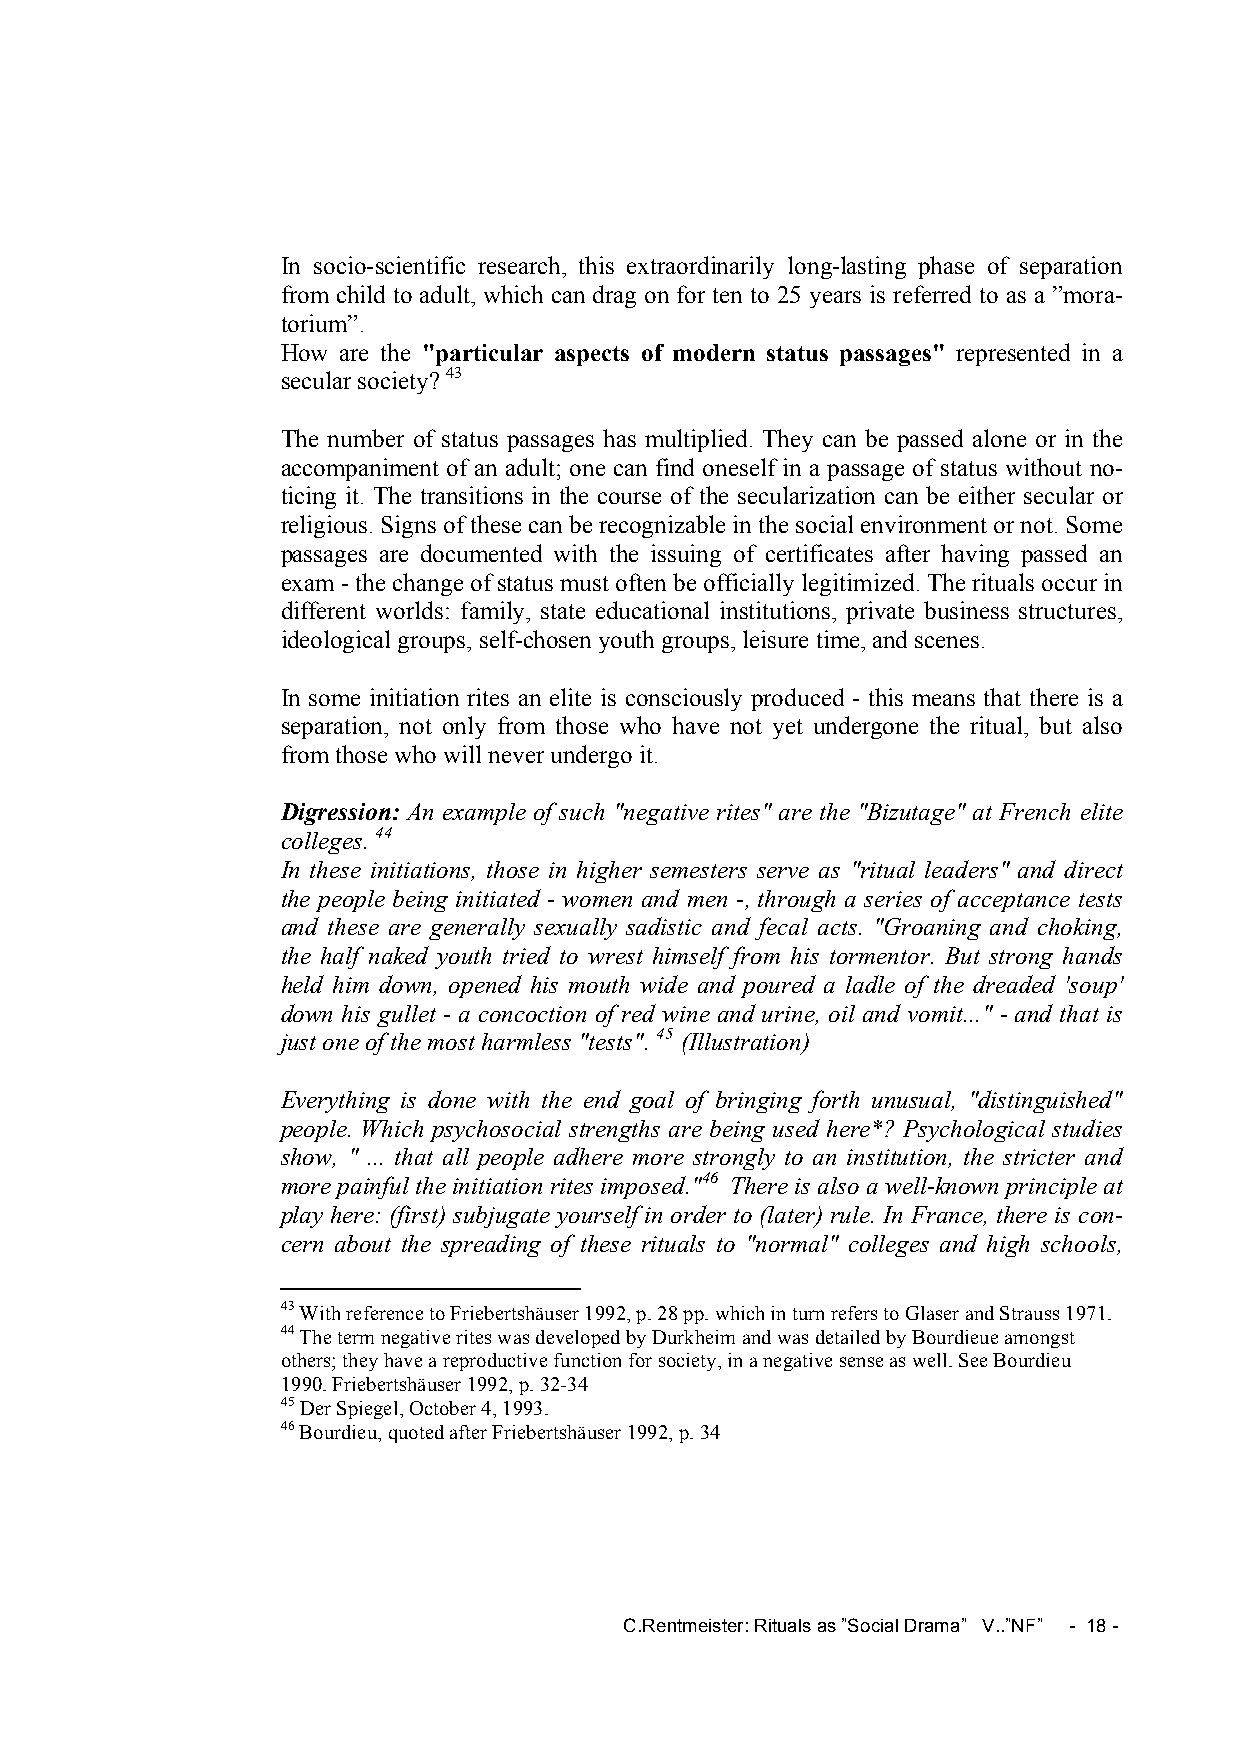
In socio-scientific research, this extraordinarily long-lasting phase of separation
 from child to adult, which can drag on for ten to 25 years is referred to as a ”mora-
 torium”.
 How are the "particular aspects of modern status passages" represented in a
 secular society? 43
 The number of status passages has multiplied. They can be passed alone or in the
 accompaniment of an adult; one can find oneself in a passage of status without no-
 ticing it. The transitions in the course of the secularization can be either secular or
 religious. Signs of these can be recognizable in the social environment or not. Some
 passages are documented with the issuing of certificates after having passed an
 exam - the change of status must often be officially legitimized. The rituals occur in
 different worlds: family, state educational institutions, private business structures,
 ideological groups, self-chosen youth groups, leisure time, and scenes.
 In some initiation rites an elite is consciously produced - this means that there is a
 separation, not only from those who have not yet undergone the ritual, but also
 from those who will never undergo it.
 Digression: An example of such "negative rites" are the "Bizutage" at French elite
 colleges. 44
 In these initiations, those in higher semesters serve as "ritual leaders" and direct
 the people being initiated - women and men -, through a series of acceptance tests
 and these are generally sexually sadistic and fecal acts. "Groaning and choking,
 the half naked youth tried to wrest himself from his tormentor. But strong hands
 held him down, opened his mouth wide and poured a ladle of the dreaded 'soup'
 down his gullet - a concoction of red wine and urine, oil and vomit..." - and that is
 just one of the most harmless "tests". 45 (Illustration)
 Everything is done with the end goal of bringing forth unusual, "distinguished"
 people. Which psychosocial strengths are being used here*? Psychological studies
 show, " ... that all people adhere more strongly to an institution, the stricter and
 more painful the initiation rites imposed."46 There is also a well-known principle at
 play here: (first) subjugate yourself in order to (later) rule. In France, there is con-
 cern about the spreading of these rituals to "normal" colleges and high schools,
 43 With reference to Friebertshäuser 1992, p. 28 pp. which in turn refers to Glaser and Strauss 1971.
 44 The term negative rites was developed by Durkheim and was detailed by Bourdieue amongst
 others; they have a reproductive function for society, in a negative sense as well. See Bourdieu
 1990. Friebertshäuser 1992, p. 32-34
 45 Der Spiegel, October 4, 1993.
 46 Bourdieu, quoted after Friebertshäuser 1992, p. 34
 C.Rentmeister: Rituals as ”Social Drama” V..”NF” - 18 -